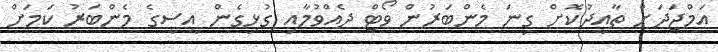
އަމްޖަދަށް ތާއީދުކޮށް ގިނަ މެންބަރުން ވޯޓް ދެއްވުމާއި ގުޅިގެން އީސީގެ މެންބަރު ކަމަށް